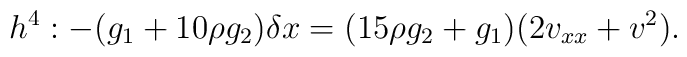
h^{4}:-(g_{1}+10\rho g_{2}) \delta x=(15\rho g_{2}+g_{1})(2v_{xx}+v^{2}).